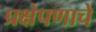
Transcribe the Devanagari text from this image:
प्रक्षेपणाचे